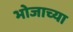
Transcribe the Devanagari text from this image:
भोजाच्या